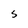
Character: S